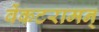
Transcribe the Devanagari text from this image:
वेंकटरामन्